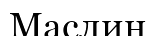
Маслин